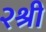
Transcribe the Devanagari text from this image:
२श्री